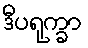
ဒီပရုက္ခာ